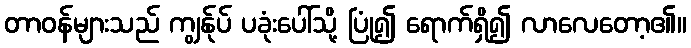
တာဝန်များသည် ကျွန်ုပ် ပခုံးပေါ်သို့ ပြုံ၍ ရောက်ရှိ၍ လာလေတော့၏။